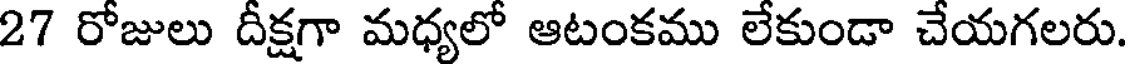
27 రోజులు దీక్షగా మధ్యలో ఆటంకము లేకుండా చేయగలరు